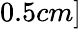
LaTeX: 0.5cm]